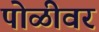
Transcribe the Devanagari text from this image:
पोळीवर